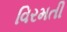
વિરમતી